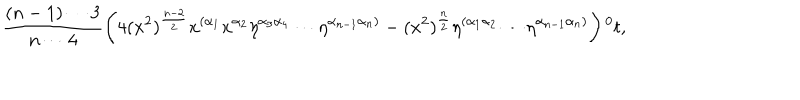
\frac { ( n - 1 ) \cdots 3 } { n \cdots 4 } \left( 4 ( x ^ { 2 } ) ^ { \frac { n - 2 } { 2 } } x ^ { ( \alpha _ { 1 } } x ^ { \alpha _ { 2 } } \eta ^ { \alpha _ { 3 } \alpha _ { 4 } } \cdots \eta ^ { \alpha _ { n - 1 } \alpha _ { n } ) } - ( x ^ { 2 } ) ^ { \frac { n } { 2 } } \eta ^ { ( \alpha _ { 1 } \alpha _ { 2 } } \cdots \eta ^ { \alpha _ { n - 1 } \alpha _ { n } ) } \right) { ^ 0 t } ,